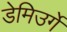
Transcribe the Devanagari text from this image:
डेमिउर्गे